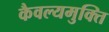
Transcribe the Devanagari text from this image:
कैवल्यमुक्ति